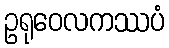
ဥရုဝေလကဿပံ